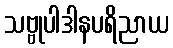
သဗ္ဗုပါဒါနပရိညာယ